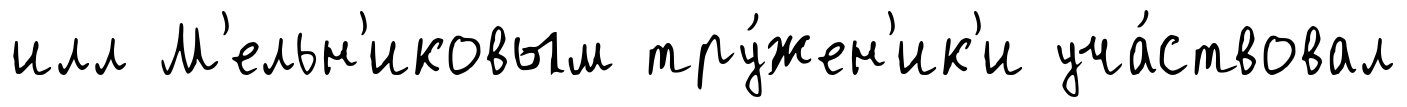
илл М'ельн'иковым тру́жен'ик'и уча́ствовал